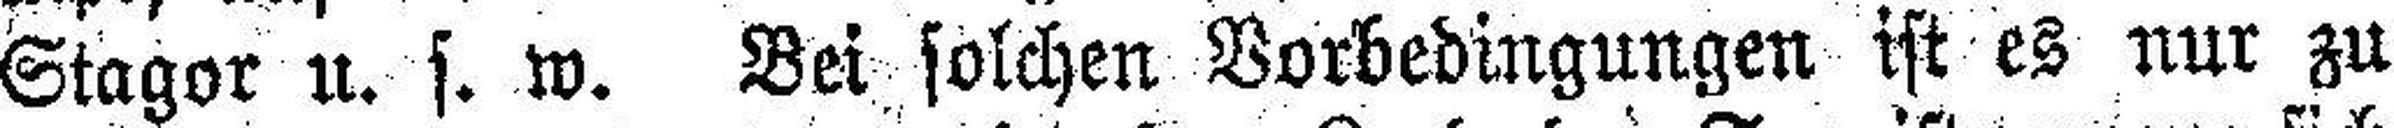
Stagor u. s. w. Bei solchen Vorbedingungen ist es nur zu